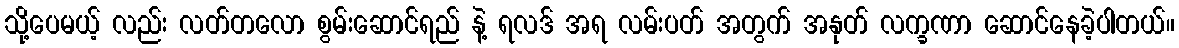
သို့ပေမယ့် လည်း လတ်တလော စွမ်းဆောင်ရည် နဲ့ ရလဒ် အရ လမ်းပတ် အတွက် အနုတ် လက္ခဏာ ဆောင်နေခဲ့ပါတယ်။